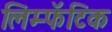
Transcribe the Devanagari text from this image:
लिम्फॅटिक